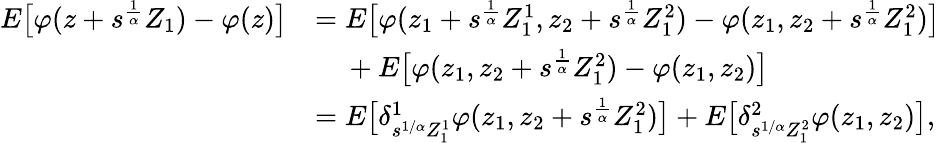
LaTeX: \begin{array}{rl}{E\big[\varphi(z+s^{\frac{1}{\alpha}}Z_{1})-\varphi(z)\big]}&{=E\big[\varphi(z_{1}+s^{\frac{1}{\alpha}}Z_{1}^{1},z_{2}+s^{\frac{1}{\alpha}}Z_{1}^{2})-\varphi(z_{1},z_{2}+s^{\frac{1}{\alpha}}Z_{1}^{2})\big]}\\ &{\mathrm{~\ ~\ }+E\big[\varphi(z_{1},z_{2}+s^{\frac{1}{\alpha}}Z_{1}^{2})-\varphi(z_{1},z_{2})\big]}\\ &{=E\big[\delta_{s^{1/\alpha}Z_{1}^{1}}^{1}\varphi(z_{1},z_{2}+s^{\frac{1}{\alpha}}Z_{1}^{2})\big]+E\big[\delta_{s^{1/\alpha}Z_{1}^{2}}^{2}\varphi(z_{1},z_{2})\big],}\end{array}